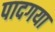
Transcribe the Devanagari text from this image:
पादगया